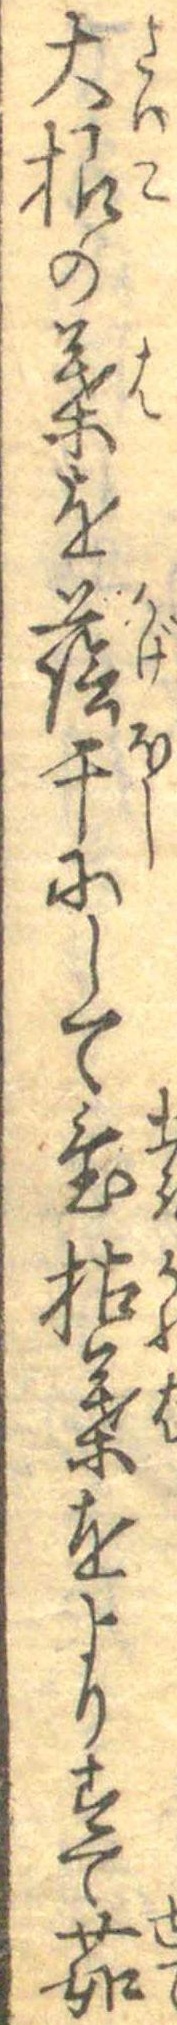
大根の葉を蔭干にして置枯葉をよりすて茹